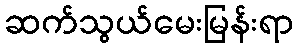
ဆက်သွယ်မေးမြန်းရာ